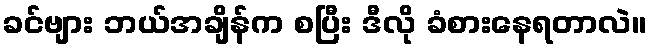
ခင်ဗျား ဘယ်အချိန်က စပြီး ဒီလို ခံစားနေရတာလဲ။